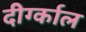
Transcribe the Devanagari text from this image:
दीर्ग्काल